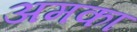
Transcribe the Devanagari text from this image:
अमका